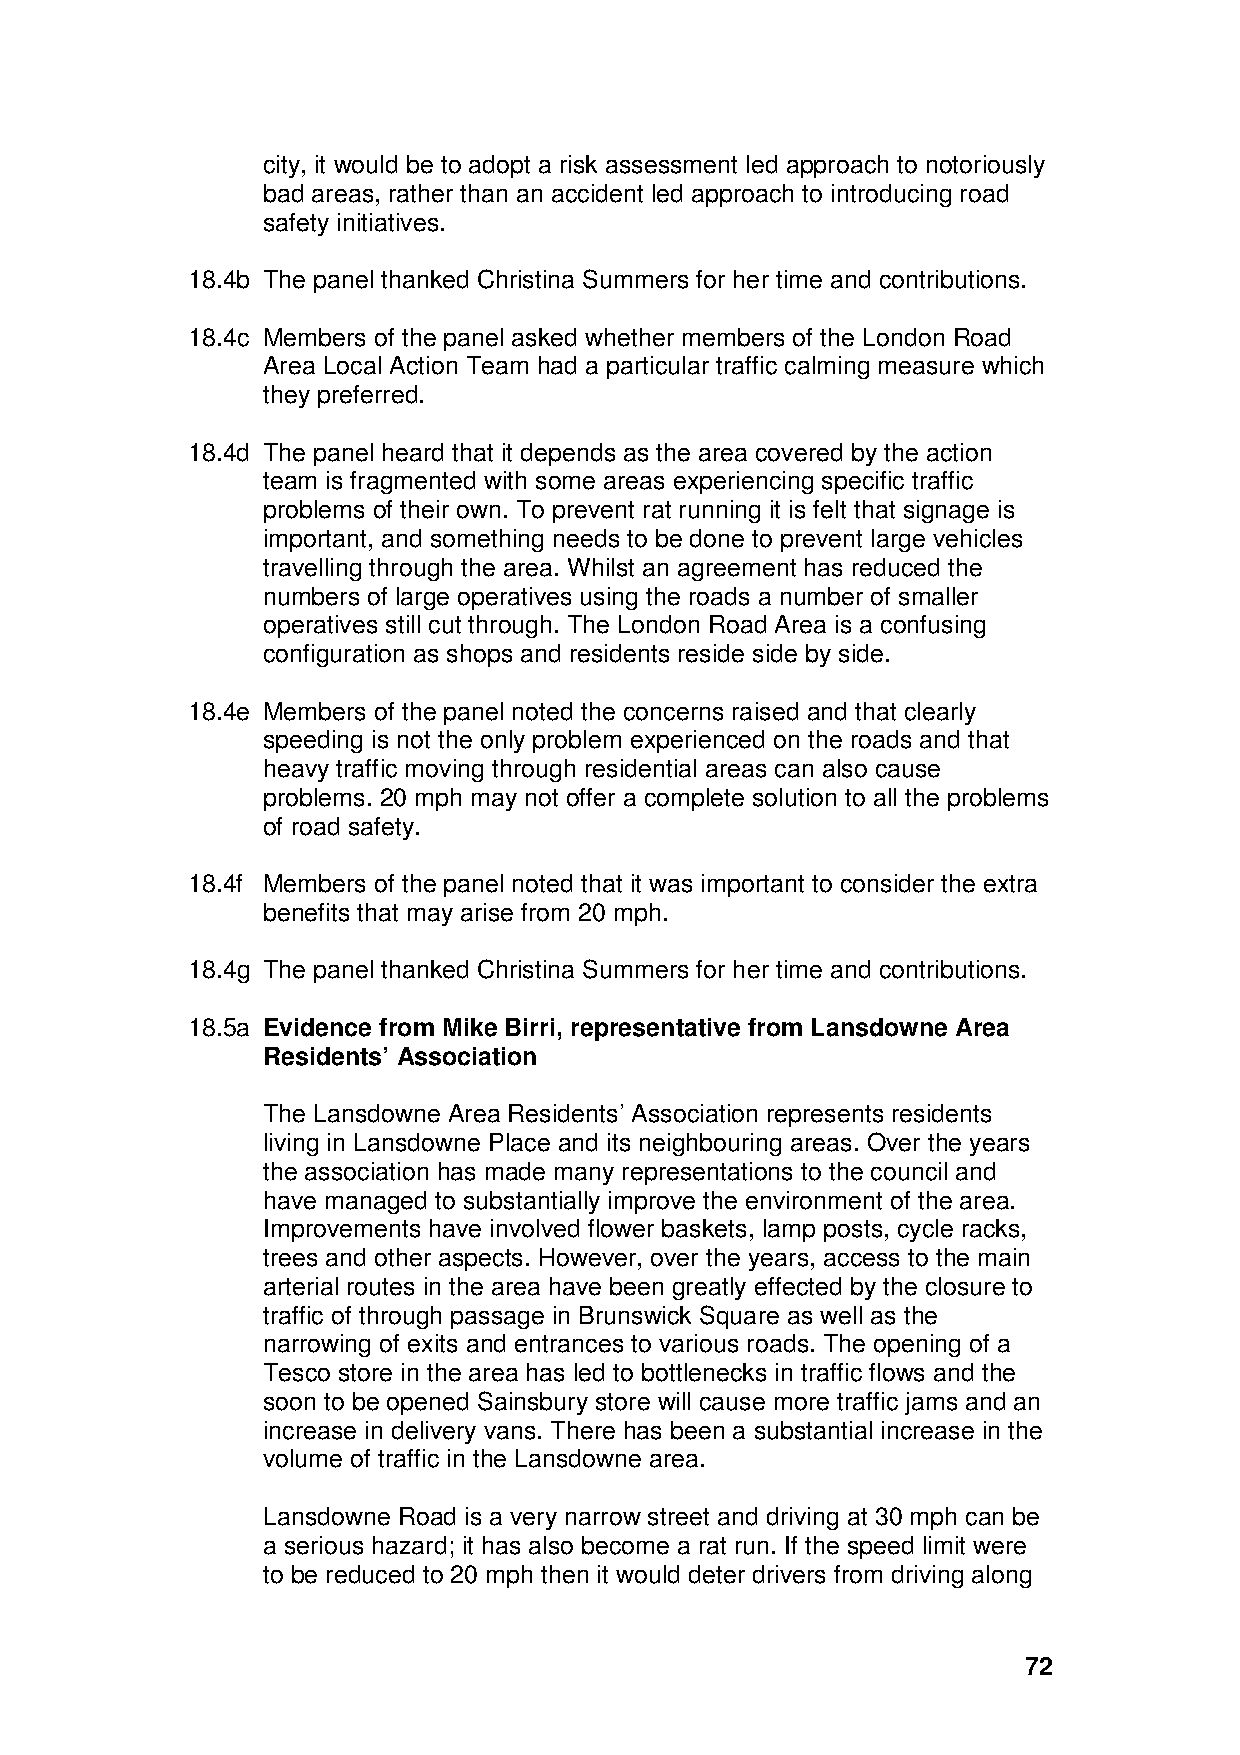
city, it would be to adopt a risk assessment led approach to notoriously
 bad areas, rather than an accident led approach to introducing road
 safety initiatives.
 18.4b The panel thanked Christina Summers for her time and contributions.
 18.4c Members of the panel asked whether members of the London Road
 Area Local Action Team had a particular traffic calming measure which
 they preferred.
 18.4d The panel heard that it depends as the area covered by the action
 team is fragmented with some areas experiencing specific traffic
 problems of their own. To prevent rat running it is felt that signage is
 important, and something needs to be done to prevent large vehicles
 travelling through the area. Whilst an agreement has reduced the
 numbers of large operatives using the roads a number of smaller
 operatives still cut through. The London Road Area is a confusing
 configuration as shops and residents reside side by side.
 18.4e Members of the panel noted the concerns raised and that clearly
 speeding is not the only problem experienced on the roads and that
 heavy traffic moving through residential areas can also cause
 problems. 20 mph may not offer a complete solution to all the problems
 of road safety.
 18.4f Members of the panel noted that it was important to consider the extra
 benefits that may arise from 20 mph.
 18.4g The panel thanked Christina Summers for her time and contributions.
 18.5a Evidence from Mike Birri, representative from Lansdowne Area
 Residents’ Association
 The Lansdowne Area Residents’ Association represents residents
 living in Lansdowne Place and its neighbouring areas. Over the years
 the association has made many representations to the council and
 have managed to substantially improve the environment of the area.
 Improvements have involved flower baskets, lamp posts, cycle racks,
 trees and other aspects. However, over the years, access to the main
 arterial routes in the area have been greatly effected by the closure to
 traffic of through passage in Brunswick Square as well as the
 narrowing of exits and entrances to various roads. The opening of a
 Tesco store in the area has led to bottlenecks in traffic flows and the
 soon to be opened Sainsbury store will cause more traffic jams and an
 increase in delivery vans. There has been a substantial increase in the
 volume of traffic in the Lansdowne area.
 Lansdowne Road is a very narrow street and driving at 30 mph can be
 a serious hazard; it has also become a rat run. If the speed limit were
 to be reduced to 20 mph then it would deter drivers from driving along
 72